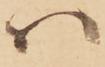
ハ